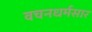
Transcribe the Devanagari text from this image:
वचनधर्मसार